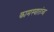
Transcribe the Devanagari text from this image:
कामस्वातंत्र्य